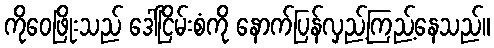
ကိုဝေဖြိုးသည် ဒေါ်ငြိမ်းစံကို နောက်ပြန်လှည့်ကြည့်နေသည်။